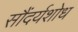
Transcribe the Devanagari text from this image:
सौंदर्यशोध